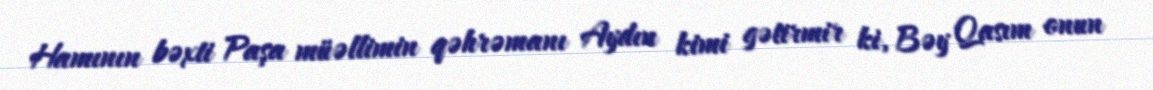
Hamının bəxti Paşa müəllimin qəhrəmanı Aydın kimi gətirmir ki, Bəy Qasım onun